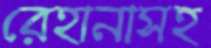
রেহানাসহ